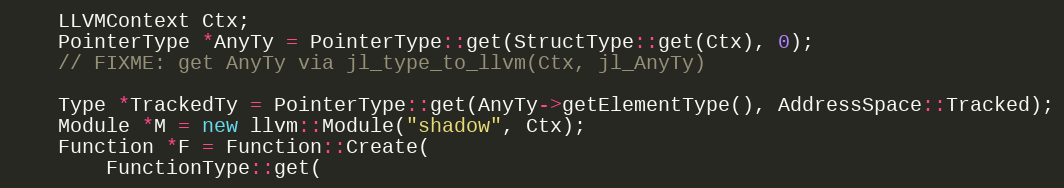
Language: C++
    LLVMContext Ctx;
    PointerType *AnyTy = PointerType::get(StructType::get(Ctx), 0);
    // FIXME: get AnyTy via jl_type_to_llvm(Ctx, jl_AnyTy)

    Type *TrackedTy = PointerType::get(AnyTy->getElementType(), AddressSpace::Tracked);
    Module *M = new llvm::Module("shadow", Ctx);
    Function *F = Function::Create(
        FunctionType::get(